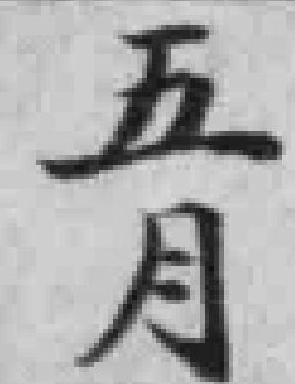
五月